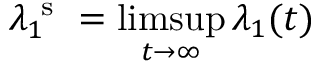
\lambda _ { 1 } ^ { \mathrm { ~ s ~ } } = \operatorname* { l i m s u p } _ { t \to \infty } \lambda _ { 1 } ( t )